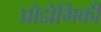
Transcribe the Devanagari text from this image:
प्रोद्दोगिकी